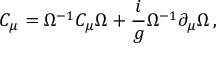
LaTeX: C _ { \mu } = \Omega ^ { - 1 } C _ { \mu } \Omega + { \frac { i } { g } } \Omega ^ { - 1 } \partial _ { \mu } \Omega \, ,